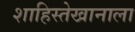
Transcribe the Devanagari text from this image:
शाहिस्तेखानाला